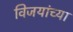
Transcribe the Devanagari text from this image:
विजयांच्या